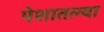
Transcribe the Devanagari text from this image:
पेशातल्या